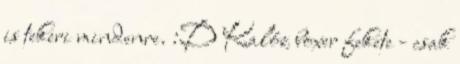
is tekeri mindenre. :D Kalóz boxer fekete - csak